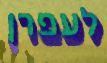
לעפרן